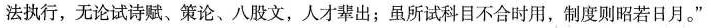
法执行，无论试诗赋、策论、八股文，人才辈出；虽所试科目不合时用，制度则昭若日月。”